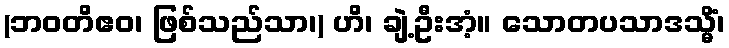
(ဘဝတိဧဝ၊ ဖြစ်သည်သာ၊) ဟိ၊ ချဲ့ဦးအံ့။ သောတပသာဒသ္မိံ၊